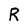
Character: R